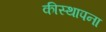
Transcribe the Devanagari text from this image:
कीस्थापना